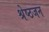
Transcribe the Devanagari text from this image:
श्रेष्‍ठजन